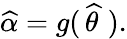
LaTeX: {\widehat{\alpha}}=g(\, {\widehat{\theta\, }}\, ).